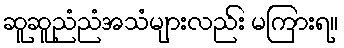
ဆူဆူညံညံအသံများလည်း မကြားရ။